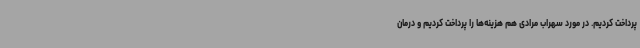
پرداخت کردیم. در مورد سهراب مرادی هم هزینه‌ها را پرداخت کردیم و درمان